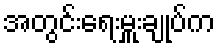
အတွင်းရေးမှူးချုပ်က